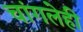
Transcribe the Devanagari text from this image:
चांगलेही